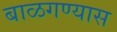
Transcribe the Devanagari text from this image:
बाळगण्यास